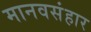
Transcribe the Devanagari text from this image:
मानवसंहार